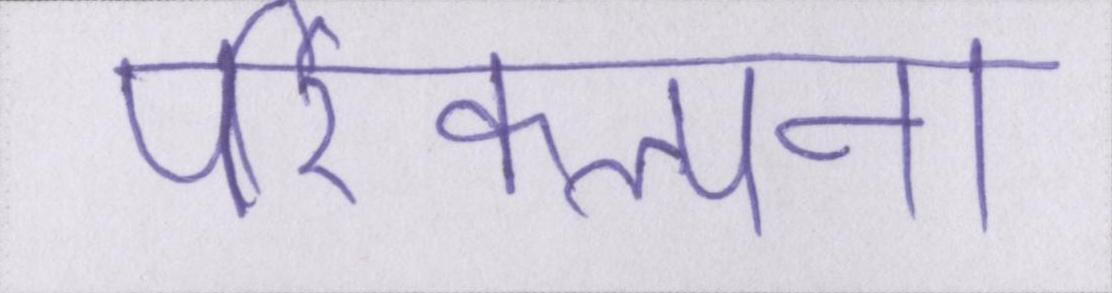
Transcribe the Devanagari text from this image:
परिकल्पना